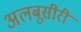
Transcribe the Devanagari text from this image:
अलबूसीरी